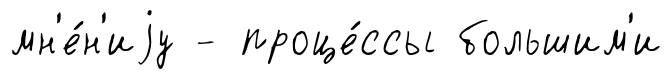
мн'е́н'иjу - проце́ссы большим'и